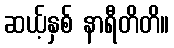
ဆယ့်နှစ် နာရီတိတိ။